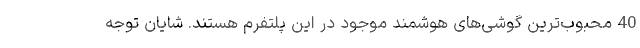
40 محبوب‌ترین گوشی‌های هوشمند موجود در این پلتفرم هستند. شایان توجه